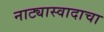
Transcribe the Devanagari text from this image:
नाट्यास्वादाचा